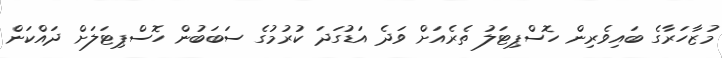
މުޒާހަރާގެ ބައިވެރިން ހޮސްޕިޓަލު ތެރެއަށް ވަދެ އަޑުގަދަ ކުރުމުގެ ސަބަބުން ހޮސްޕިޓަލަށް ދައްކަން